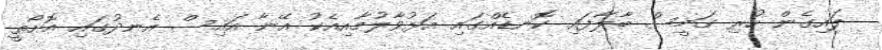
ލައިގެން ހުރި ގަމީސް ބާލާފައި ކޮނޑެއްގައި އަޅުވާލުމާއިއެކު އޭނާ އައިސް އެނދުގައި އޮށޯތީ